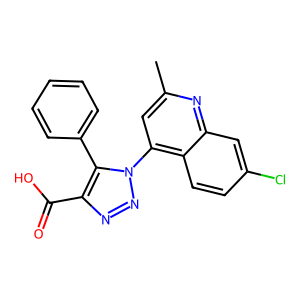
SMILES: Cc1cc(-n2nnc(C(=O)O)c2-c2ccccc2)c2ccc(Cl)cc2n1
Inhibits HIV replication: No